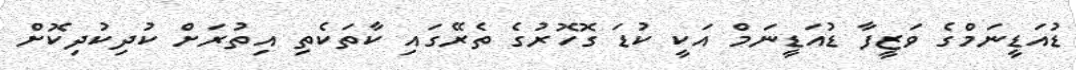
ޑުއަޑީނަމްގެ ވަޒީފާ ޑުއަޑީނަމް އަކީ ކުޑަ ގޮހޮރުގެ ތެރޭގައި ކާތަކެތި އިތުރަށް ކުދިކުދިކޮށް